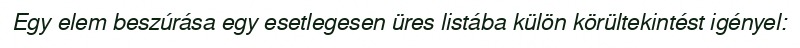
Egy elem beszúrása egy esetlegesen üres listába külön körültekintést igényel: